Document type: Emphyteutic lease
Year: 1283
Scribe: Pere Marquès
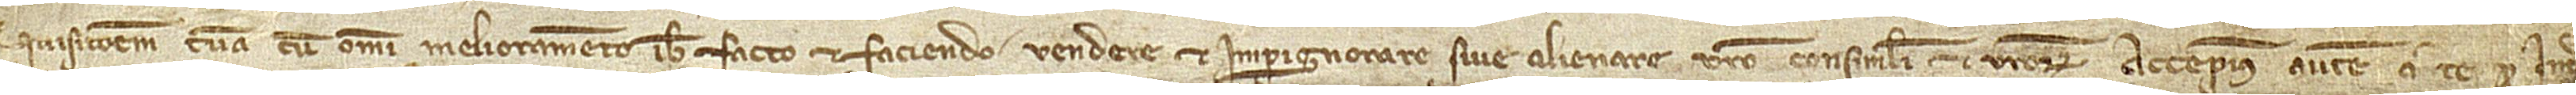
quisitionem tuam cum omni melioramento ibi facto et faciendo vendere et impignorare sive alienare vestro consimili et vestrorum. Accepimus a te pro intra-